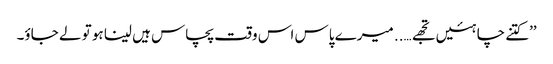
’’کتنے چاہئیں تجھے….. میرے پاس اس وقت پچاس ہیں لینا ہو تو لے جاؤ۔